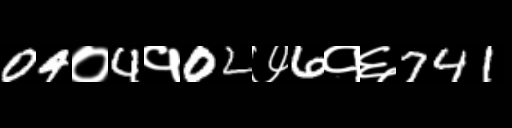
Text: 04०4१02७6१६741